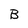
Character: B